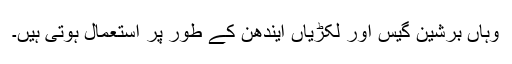
وہاں برشین گیس اور لکڑیاں ایندھن کے طور پر استعمال ہوتی ہیں۔